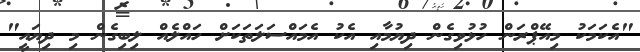
"އެކަމަކު މިއޭޕްރަން ހުޅުވިގެން ދިޔުމާއި އެކު އެމައްސަލަތަކަށް ހައްލެއް ލިބިގެން މި ދިޔައީ"